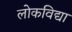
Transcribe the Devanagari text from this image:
लोकविद्या